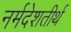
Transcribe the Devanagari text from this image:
नर्मदेशतीर्थ